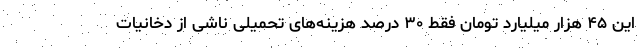
این ۴۵ هزار میلیارد تومان فقط ۳۰ درصد هزینه‌های تحمیلی ناشی از دخانیات